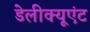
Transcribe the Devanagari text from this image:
डेलीक्यूएंट